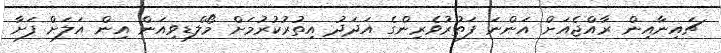
ޗައިނާއިން ރާއްޖެއަށް އަންނަ ފަތުރުވެރިންގެ އަދަދު އިތުރުކުރުމަށް މޯލްޑިވިއަން އިން އަލަށް ފަށާ